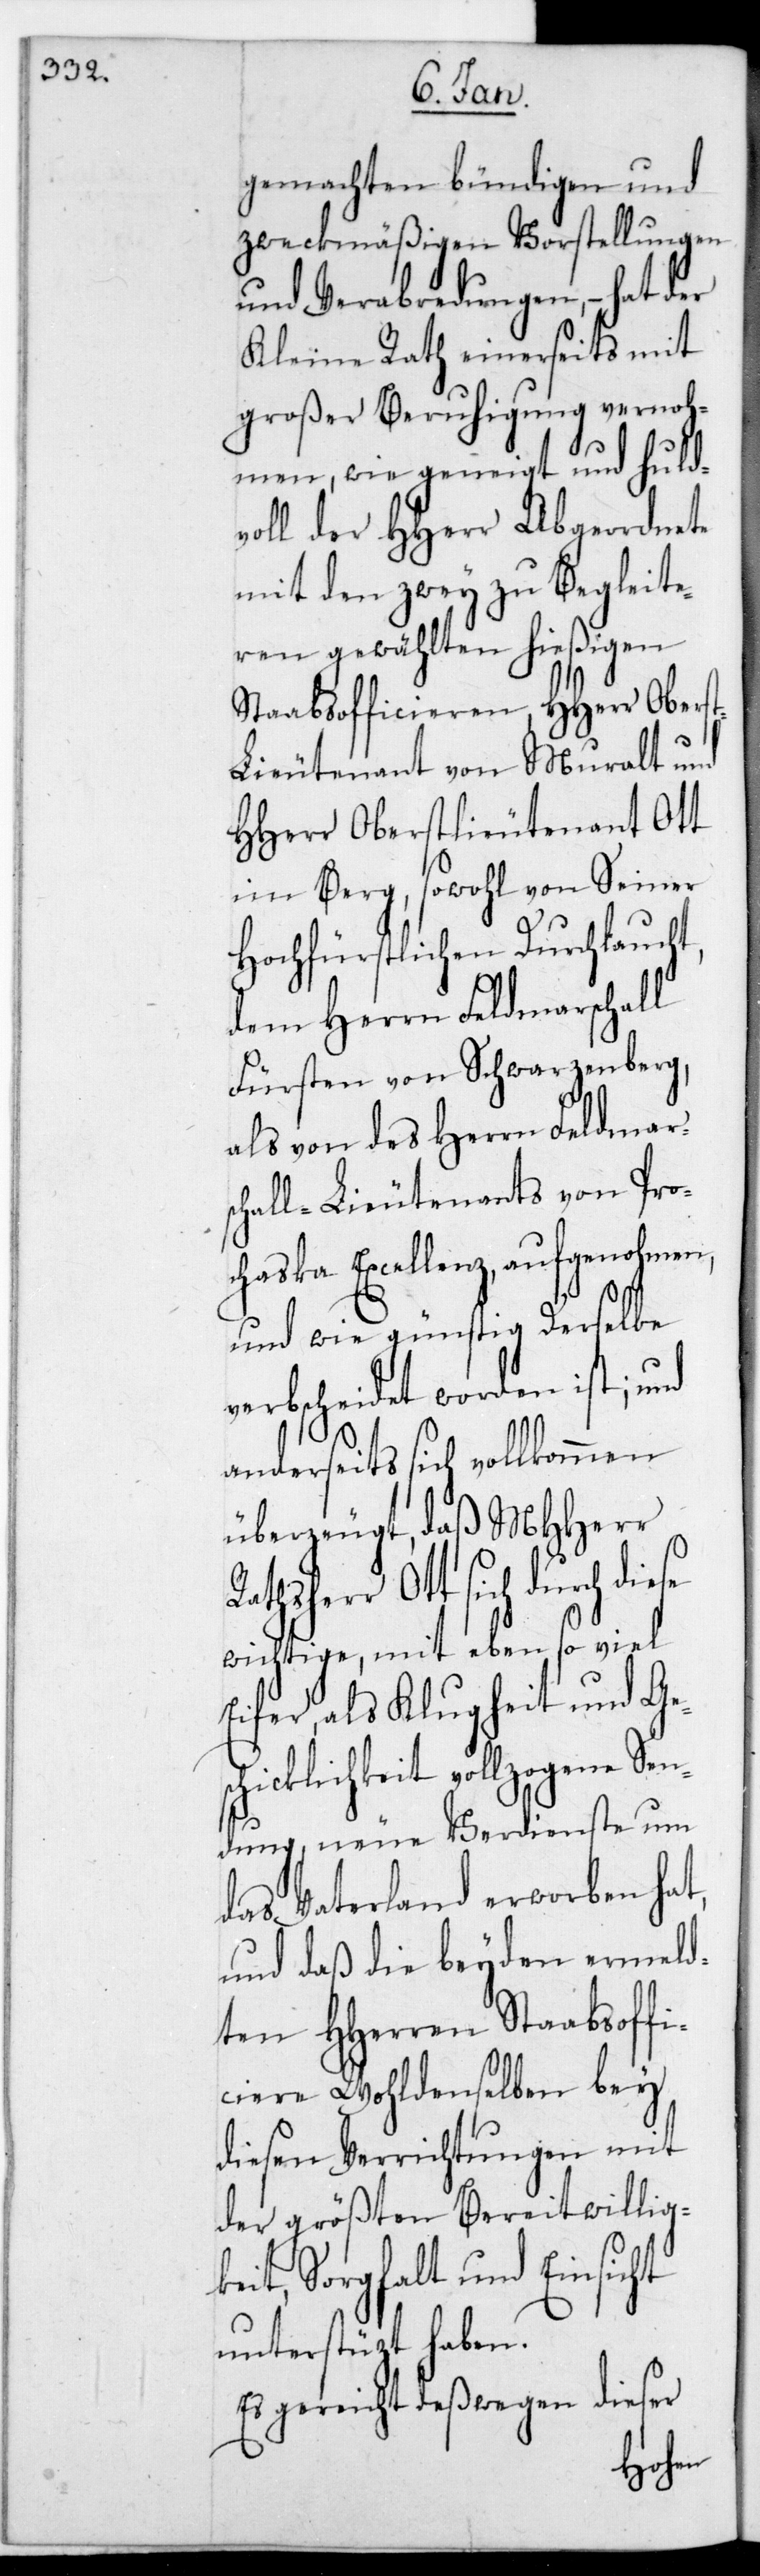
gemachten bündigen und
zweckmäßigen Vorstellungen
und Verabredungen, – hat der
Kleine Rath einerseits mit
großer Beruhigung verno¬
mmen, wie geneigt und huld¬
voll der HHerr Abgeordnete
mit den zwey zu Begleite¬
ren gewählten hießigen
Staabsofficieren, HHerr Obers¬
tlieutenant von Muralt und
HHerr Oberstlieutenant Ott
im Berg, sowohl von Sr.
Hochfürstlichen Durchlaucht,
dem Herrn Feldmarschall
Fürsten von Schwarzenberg,
als von des Herrn Feldmars¬
chall-Lieutenants von Pro¬
chaska Excellenz aufgenohmen,
und wie günstig derselbe
verbscheidet worden ist; und
anderseits sich vollkommen
überzeugt, daß MHHerr
wichtige, mit eben so viel
Eifer als Klugheit und G¬
icklichkeit vollzogene Sen¬
dung, neue Verdienste um
das Vaterland erworben hat,
und daß die beyden ermeld¬
ten HHerren Stabsoffi¬
ciere Wohldenselben bey
diesen Verrichtungen mit
der größten Bereitwilligk¬
eit, Sorgfalt und Einsicht
unterstützt haben.
Es gereicht deßwegen dieser
esch¬